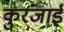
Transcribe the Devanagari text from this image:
कुरंजाई